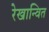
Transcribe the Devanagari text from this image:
रेखान्वित